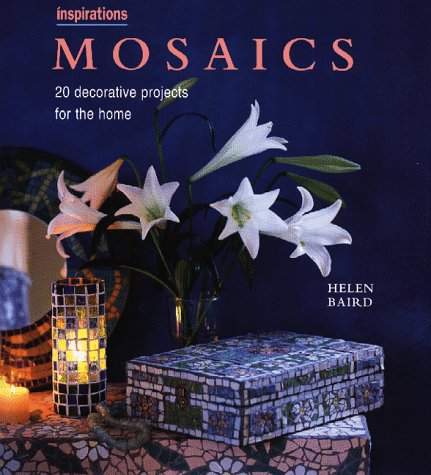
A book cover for Mosaics: 20 Decorative Projects for the Home (Inspirations Series); Helen Baird; Arts & Photography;